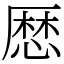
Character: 𢟍